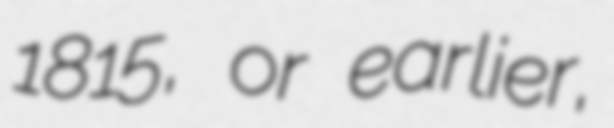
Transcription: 1815, or earlier,